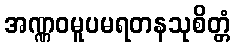
အဏ္ဏဝမူပမရတနသုစိတ္တံ